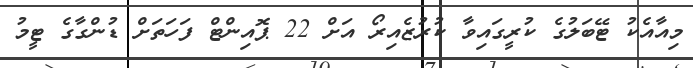
މިއާއެކު ޓޭބަލުގެ ކުރީގައިވާ ކުރުޒެއިރޯ އަށް 22 ޕޮއިންޓް ފަހަތަށް ޑުންގާގެ ޓީމު